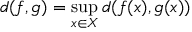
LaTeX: d ( f , g ) = \operatorname* { s u p } _ { x \in X } d ( f ( x ) , g ( x ) )